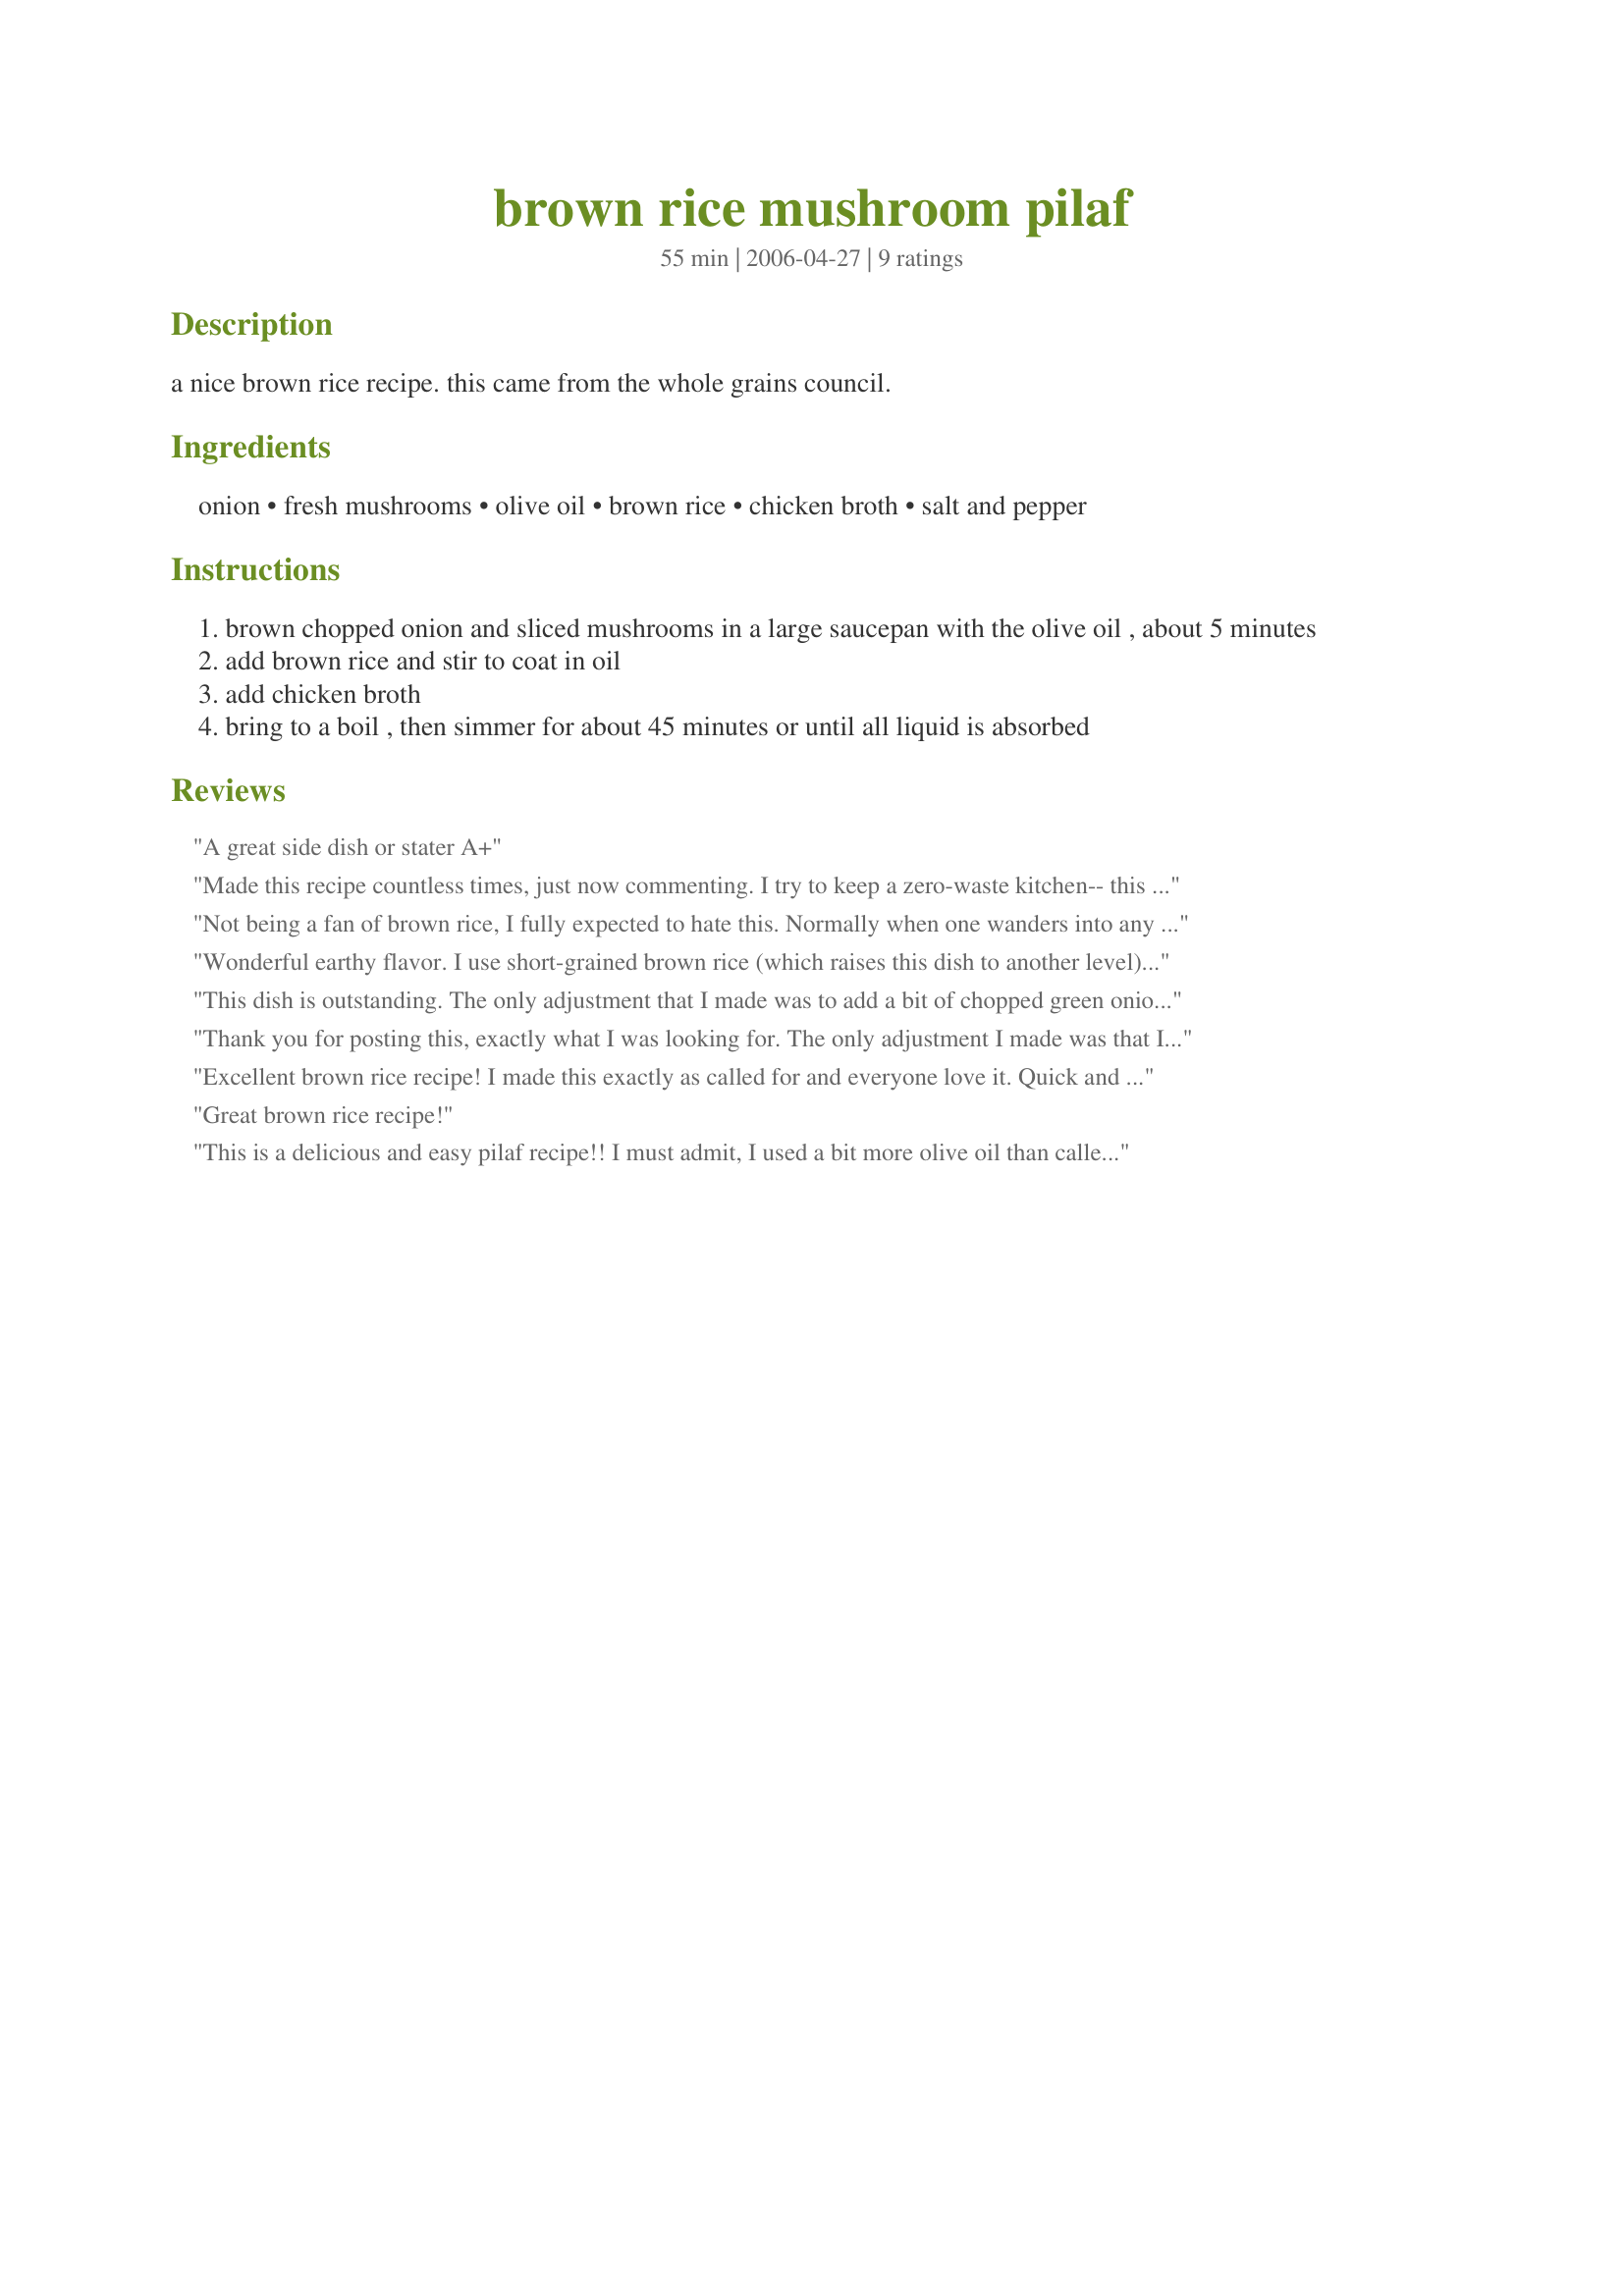
brown rice mushroom pilaf
Preparation time: 55 minutes

a nice brown rice recipe. this came from the whole grains council.

Ingredients:
onion, fresh mushrooms, olive oil, brown rice, chicken broth, salt and pepper

Steps:
brown chopped onion and sliced mushrooms in a large saucepan with the olive oil , about 5 minutes
add brown rice and stir to coat in oil
add chicken broth
bring to a boil , then simmer for about 45 minutes or until all liquid is absorbed

Reviews:
A great side dish or stater A+
Made this recipe countless times, just now commenting. I try to keep a zero-waste kitchen-- this recipe is perfect for use-or-lose mushrooms and onions because brown rice and stock (i use veggie and/or mushroom) store for a long time. I mince and add a clove of garlic at the beginning with mushroom/onion step.
Not being a fan of brown rice, I fully expected to hate this. Normally when one wanders into any situation with that kind of attitude the outcome isn't good. This recipe is FANTASTIC---I loved it!!!! I followed the recipe adding in garlic. This recipe is so flexible; you could add just about anything and it would be great. Next time, I will add some veggies and maybe chicken and make it a meal.<br/>Yum, SO GOOD!
Wonderful earthy flavor. I use short-grained brown rice (which raises this dish to another level) and vegetable broth.
This dish is outstanding. The only adjustment that I made was to add a bit of chopped green onion at the end of cooking. Wow! My 10 yr old son polished off all the leftovers within 24 hours. I'd call this one a DEFINITE keeper. Thanks MPS Michigan for an easy and delicious dish!
Thank you for posting this, exactly what I was looking for. The only adjustment I made was that I used oil and butter, because I like the taste of butter nad rice.
Excellent brown rice recipe! I made this exactly as called for and everyone love it. Quick and easy. This was a perfect accompaniment with my grilled pork loins. Thank you!
Great brown rice recipe!
This is a delicious and easy pilaf recipe!! I must admit, I used a bit more olive oil than called for! My brand of rice calls for 2 1/4 cups of liquid, so that's what I used and it turned out perfectly! Leftovers of this would make wonderful fried rice! MPS, thank you for the recipe--I will be making it often!
